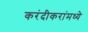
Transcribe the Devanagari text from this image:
करंदीकरांमध्ये